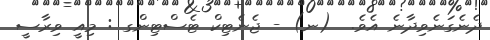
ދެނެގަނެވިދާނެ އެވެ.  (ނ) - ޖެނެޓިކް ޓެސްޓިންގ : މިއީ ވިރާސީ